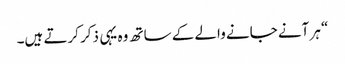
“ ہر آنے جانے والے کے ساتھ وہ یہی ذکر کرتے ہیں۔